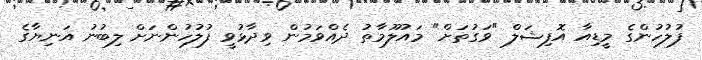
ފުލުހުންގެ މީޑިއާ އޮފިޝަލް "ވަގުތަށް" މައުލޫމާތު ދެއްވަމުން ވިދާޅުވީ ފުލުހުންނަށް ލިބުނު އަނިޔާގެ